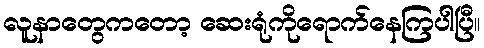
လူနာတွေကတော့ ဆေးရုံကိုရောက်နေကြပါပြီ။